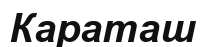
Караташ